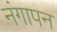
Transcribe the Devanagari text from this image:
नंगापन